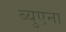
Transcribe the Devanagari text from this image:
ब्युएना